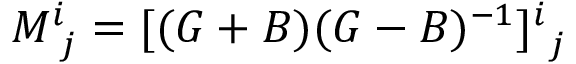
M _ { \ j } ^ { i } = [ ( G + B ) ( G - B ) ^ { - 1 } ] _ { \ j } ^ { i }